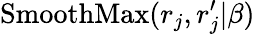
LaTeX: \operatorname{SmoothMax}({r_{j},r_{j}^{\prime}}|\beta)